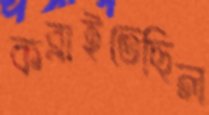
কব্‌লাইতেছিল